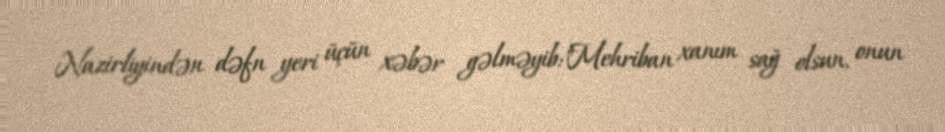
Nazirliyindən dəfn yeri üçün xəbər gəlməyib:"Mehriban xanım sağ olsun, onun